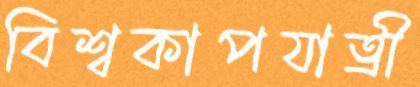
বিশ্বকাপযাত্রী